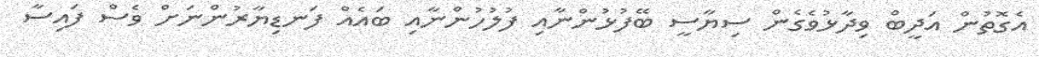
އެގޮތުން އަދީބް ވިދާޅުވެގެން ސިޔާސީ ބޭފުޅުންނާއި ފުލުހުންނާއި ބައެއް ފަނޑިޔާރުންނަށް ވެސް ފައިސާ